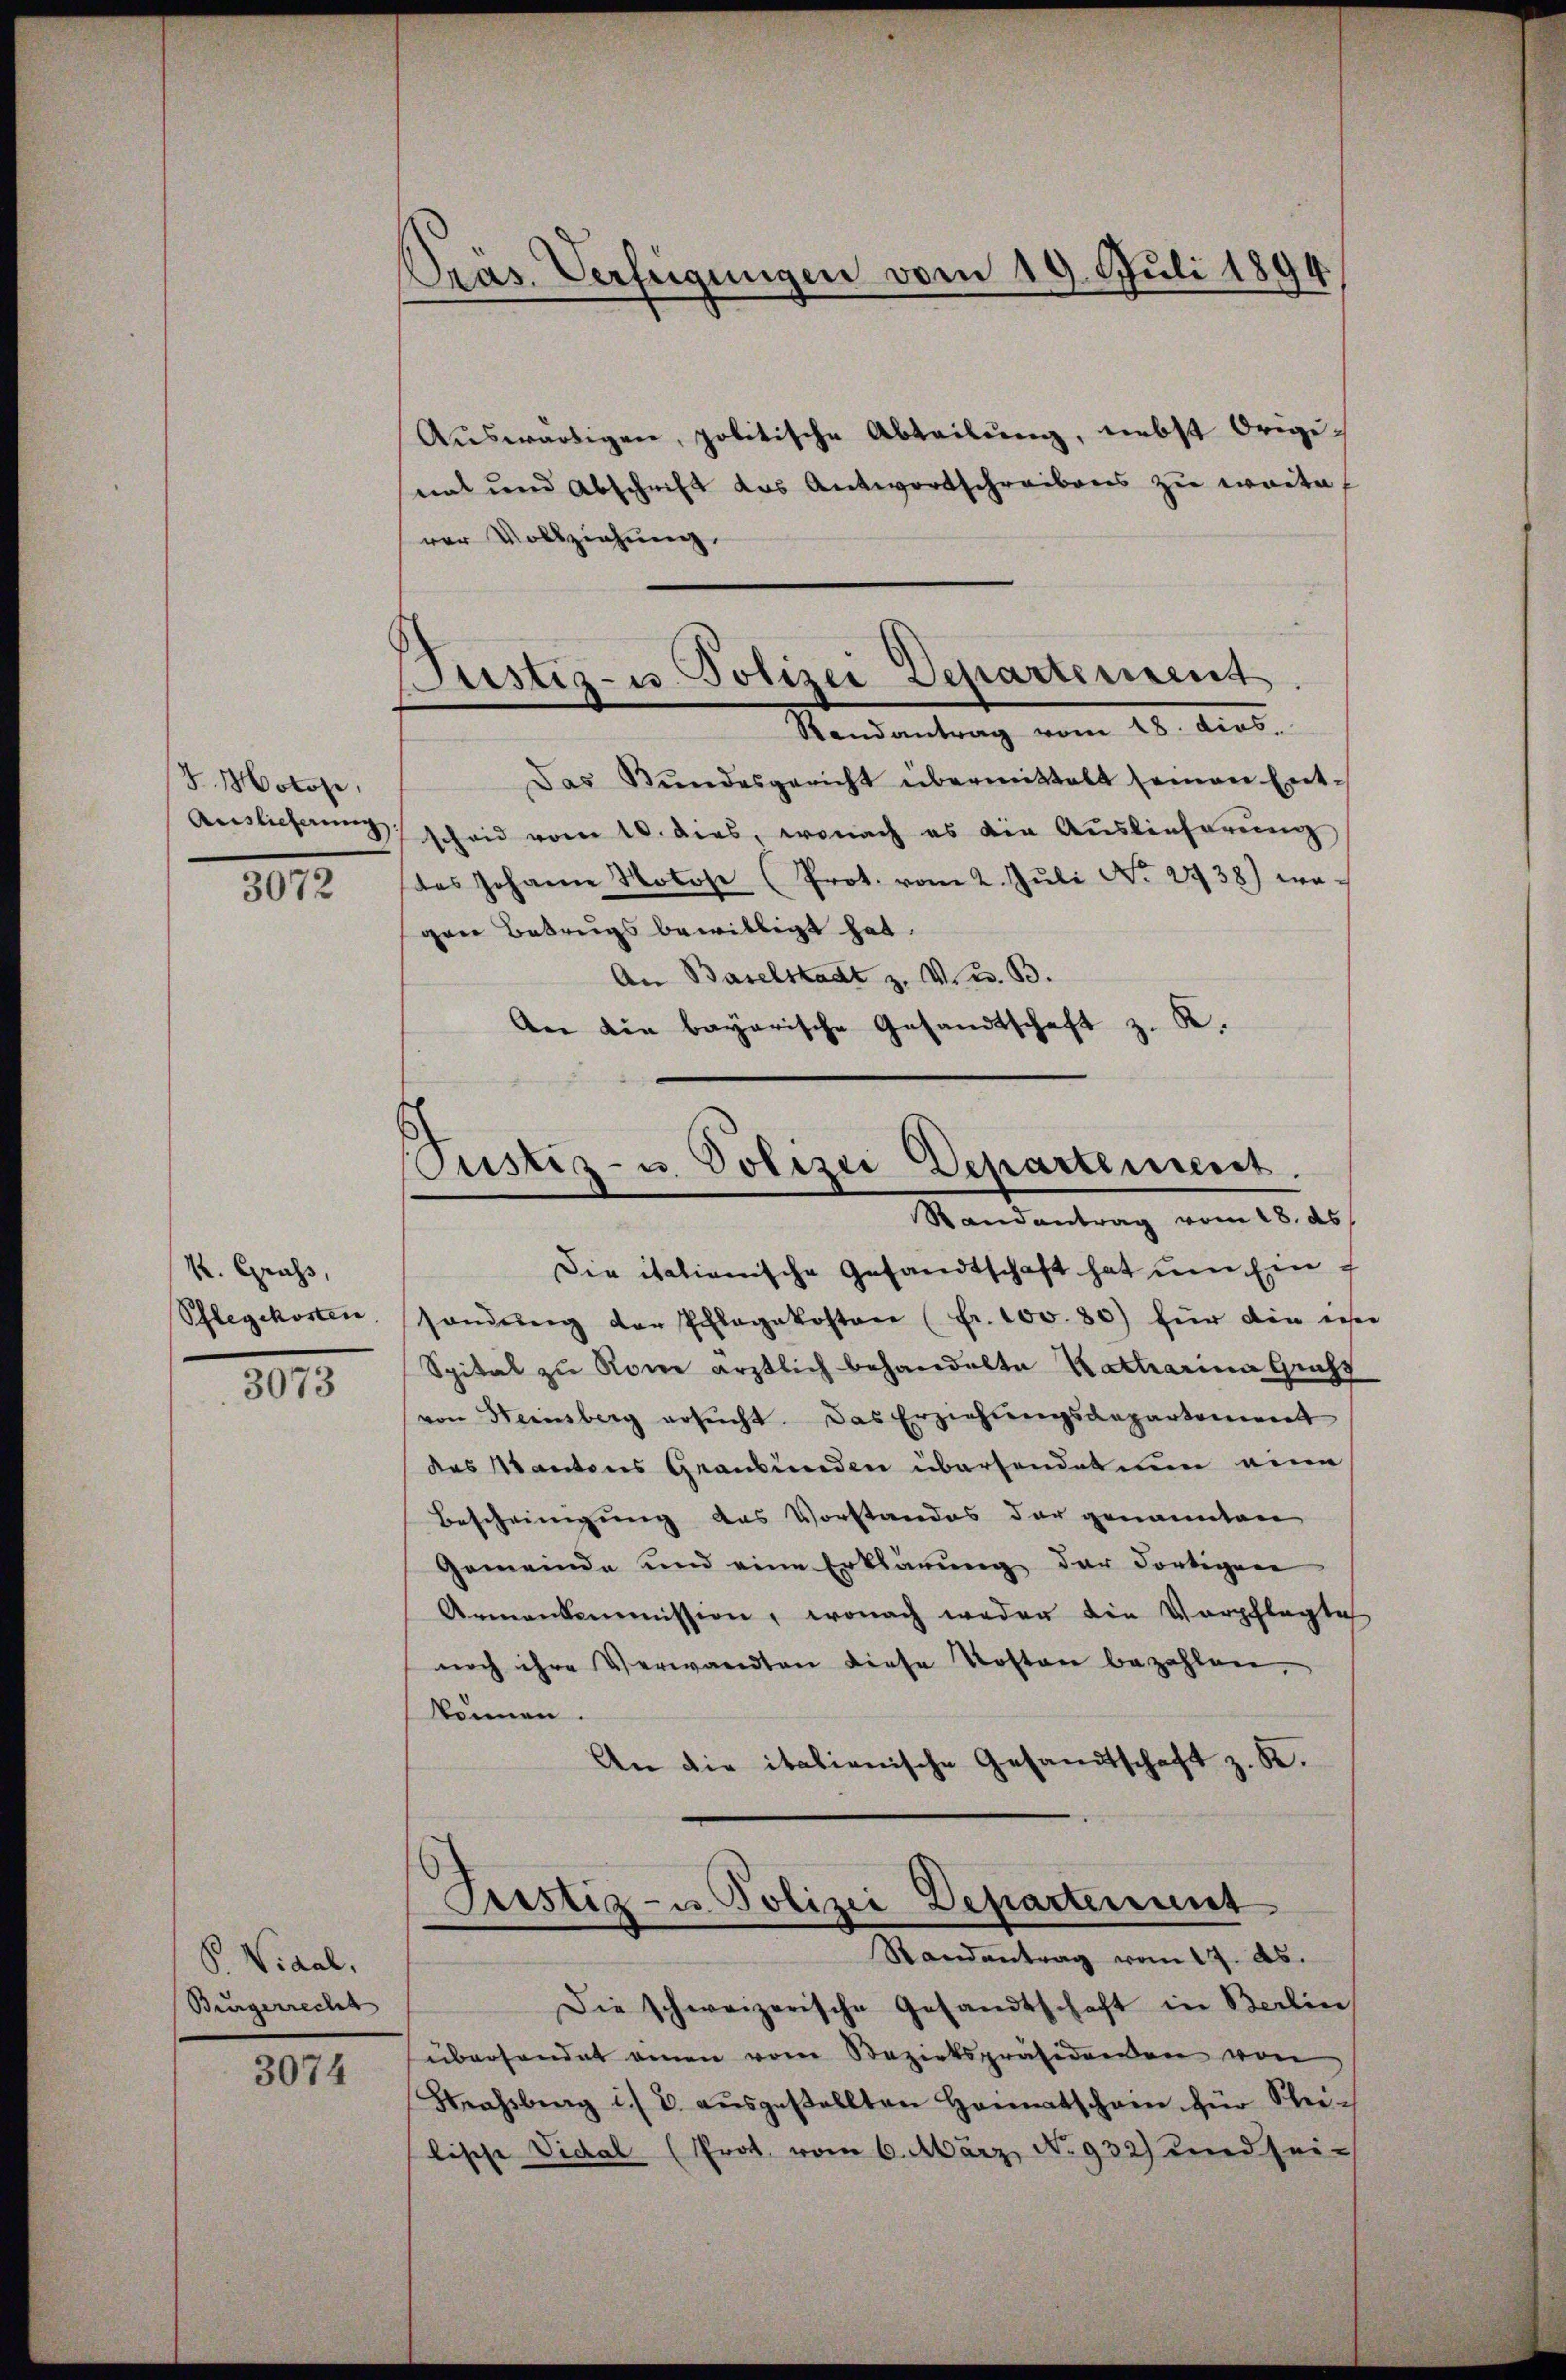
J. Motore.
Auslieferung
3072

K. Gruss,
Pflegekosten.
3073

P. Vidal,
Burgerrecht

3074

Pras. Verfügungen vom 19. Juli 1894

Justiz- u. Polizei Departement.
Randantrag vom 18. dies.

Aŭswärtigen, politische Abteilŭng, nebst Origi-
nat und Abschrift das Antwortschreibens zu weite
rer Vollziehung.
Das Bŭndesgericht übermittelt seinen Ent-
scheid vom 10. dies, wonach es die Auslieferung
des Johann Notose (Prot. vom 2. Jŭli No 2738) wairer Betrugs bewilligt hat.
An Baselstadt z. V. B.
An die bayerische Gesandtschaft z. R.

Pustiz- u. Polizei Departement.
Randantrag vom 28. ds

Die italienische Gesandtschaft hat um Ein f
sandŭng der Schlagakosten (Fr. 100.80) für die esser
Spital zu Rome ärztlich behandelte Katharina Gericht
von Steinsberg ersŭcht. Das Erziehungsdepartement
des Kantons Graubünden übersendet nun eine
Bescheinigung das Vorstandes der genannten
Gemeinde und eine Erklärung der dortigen
Armenkommission, wonach weder die Verpflegte
noch ihre Verwandten diese Kosten bezahlen,
können.
An die italienische Gesandtschaft z. K.
Justiz- u Polizei Departement
Randantrag vom 17. ds.
Die schweizerische Gesandtschaft in Berlin
überhandet einen vom Bezirkspräsidenden von
Strassberg i. B. aŭsgestellten Hannatschein für Stei-
lische Vidal (Prot. vom 6. März, No 932) und sei-